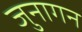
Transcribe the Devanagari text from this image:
जुनागन